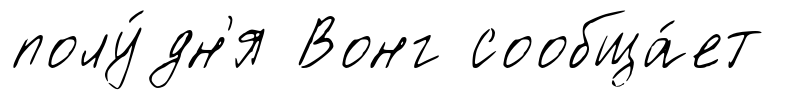
полу́дн'я Вонг сообща́ет